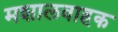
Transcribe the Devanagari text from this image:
मशालवाहक